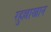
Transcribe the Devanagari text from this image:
रहुल्लाखान